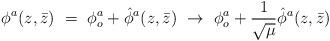
LaTeX: \begin{align*}\phi^a (z, \bar z) \ = \ \phi_o^a + {\hat\phi}^a(z, \bar z) \ \rightarrow \ \phi_o^a + \frac{1}{\sqrt{\mu}} {\hat\phi}^a(z, \bar z)\end{align*}